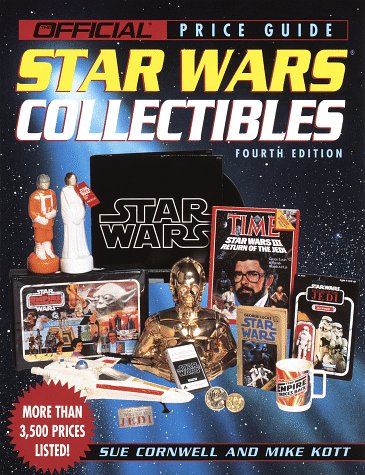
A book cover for House of Collectibles Price Guide to Star Wars Collectibles: 4th edition; Sue Cornwell; Crafts, Hobbies & Home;